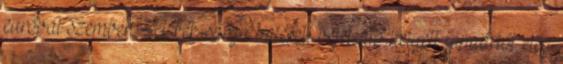
euróval szemben A kék-sárga baleseti bejelentő helyett januártól elég